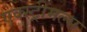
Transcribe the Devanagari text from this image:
एक्स्ट्रीमल्स